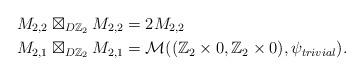
LaTeX: \begin{align*}M_{2,2} \boxtimes_{D\mathbb{Z}_2} M_{2,2}&=2M_{2,2} \\M_{2,1} \boxtimes_{D\mathbb{Z}_2} M_{2,1}&=\mathcal{M}((\mathbb{Z}_2 \times 0,\mathbb{Z}_2 \times 0),\psi_{trivial}).\end{align*}